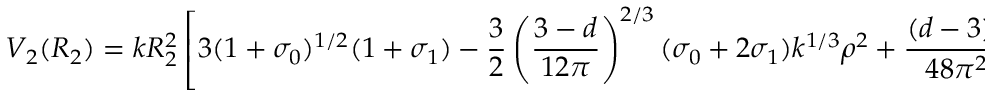
V _ { 2 } ( R _ { 2 } ) = k R _ { 2 } ^ { 2 } \left[ 3 ( 1 + \sigma _ { 0 } ) ^ { 1 / 2 } ( 1 + \sigma _ { 1 } ) - \frac { 3 } { 2 } \left( \frac { 3 - d } { 1 2 \pi } \right) ^ { 2 / 3 } ( \sigma _ { 0 } + 2 \sigma _ { 1 } ) k ^ { 1 / 3 } \rho ^ { 2 } + \frac { ( d - 3 ) ^ { 2 } } { 4 8 \pi ^ { 2 } } \rho ^ { 6 } \right] ,